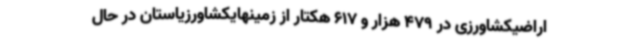
اراضیکشاورزی در 479 هزار و 617 هکتار از زمینهایکشاورزیاستان در حال